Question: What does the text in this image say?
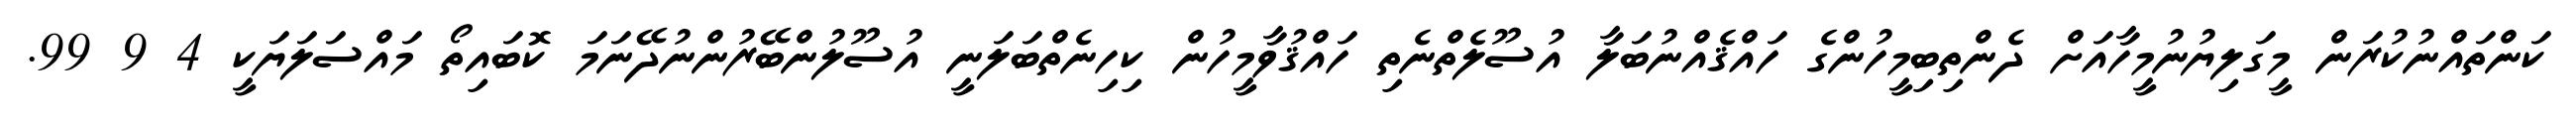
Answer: ކަންތައްނުކުރަން މީގަލިޔުނުމީހާއަށް ދެންތިބިމީހުންގެ ހައްޤެއްނުބަލާ އުސޫލެތްނެތި ހައްޤުވާމީހުން ކިހިނެތްބަލަނީ އުސޫލުންބޭރުންނުދޭނަމަ ކޮބައިތޯ މައްސަލަޔަކީ 4 9 99.